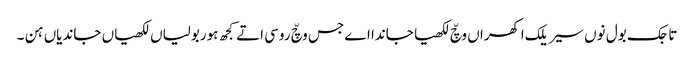
تاجک بول نوں سیریلک اکھراں وچّ لکھیا جاندا اے جس وچّ روسی اتے کجھ ہوربولیاں لکھیاں جاندیاں ہن ۔